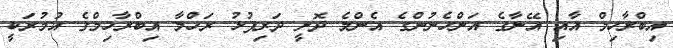
އިބްރާހިމް އާއި އޭނާގެ އަންހެނުންގެ އެންމެ ދޮށީ ދަރިފުޅު ރަހްމާ އިބްރާހިމްގެ އުމުރަކީ